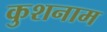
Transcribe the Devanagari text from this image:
कुशनाम